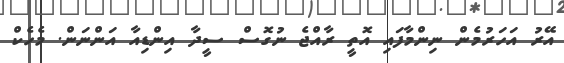
އޭރު އަހަރުމެން ނިންމާފައި އޮތީ ރާއްޖެ ނުގޮސް ސީދާ އިންޑިއާ އަންނަން. މެހެކް